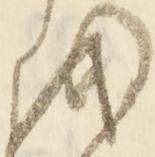
を